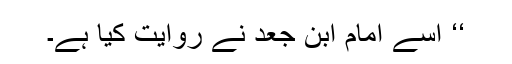
‘‘ اسے امام ابن جعد نے روایت کیا ہے۔